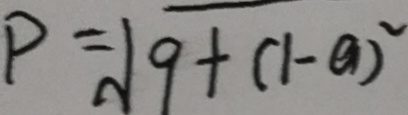
P = \sqrt { 9 + ( 1 - a ) ^ { 2 } }